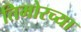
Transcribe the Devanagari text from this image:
तिमोरच्या